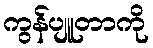
ကွန်ပျူတာကို